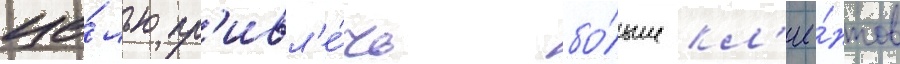
це́лью пр'ивл'е́чь бо́льше кл'ие́нтов